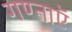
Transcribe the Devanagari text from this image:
गण्नाऍ